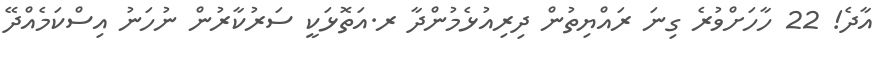
އާދެ! 22 ހާހަށްވުރެ ގިނަ ރައްޔިތުން ދިރިއުޅެމުންދާ ރ.އަތޮޅަކީ ސަރުކާރުން ނުހަނު އިސްކަމެއްދޭ